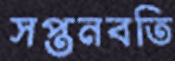
সপ্তনবতি